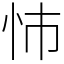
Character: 㤄